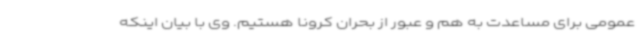
عمومی برای مساعدت به هم و عبور از بحران کرونا هستیم. وی با بیان اینکه